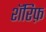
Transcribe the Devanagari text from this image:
शॅरिफ़